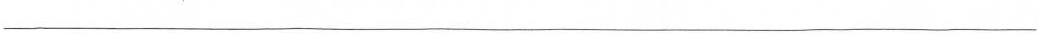
___